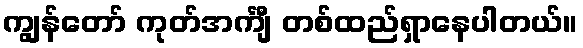
ကျွန်တော် ကုတ်အင်္ကျီ တစ်ထည်ရှာနေပါတယ်။